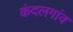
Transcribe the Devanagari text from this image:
कंदलगांव